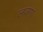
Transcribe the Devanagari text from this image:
लवणा